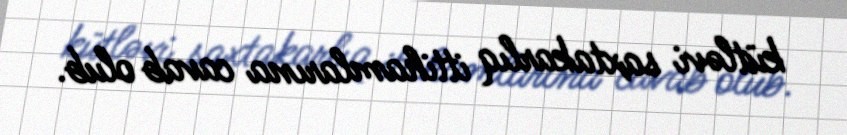
kütləvi saxtakarlıq ittihamlarına cavab olub.